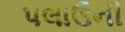
પલાઉની